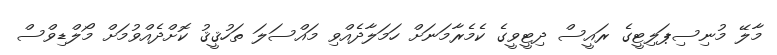
މާލޭ މުނިސިޕަލިޓީގެ ރައީސް ދިޓީވީގެ ކެމެރާމަނަށް ހަމަލާދެއްވި މައްސަލަ ތަހުޤީޤު ކޮށްދެއްވުމަށް މޯލްޑިވްސް